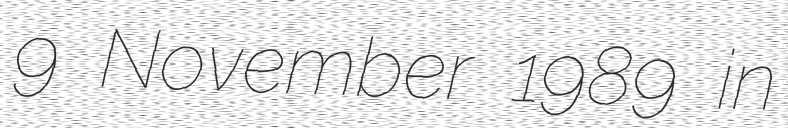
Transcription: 9 November 1989 in